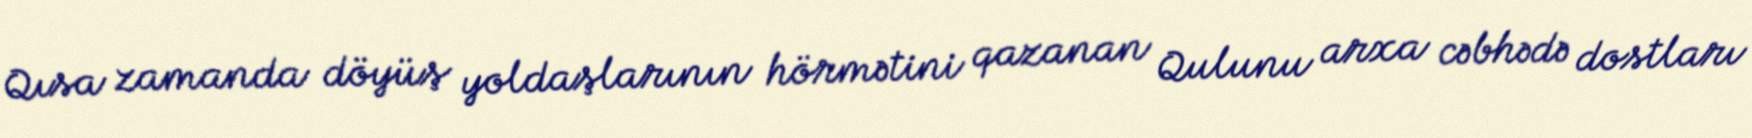
Qısa zamanda döyüş yoldaşlarının hörmətini qazanan Qulunu arxa cəbhədə dostları